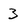
Character: 3